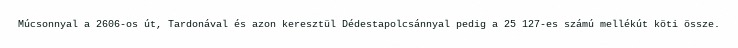
Múcsonnyal a 2606-os út, Tardonával és azon keresztül Dédestapolcsánnyal pedig a 25 127-es számú mellékút köti össze.